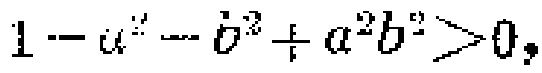
$1 - a^{2} - b^{2} + a^{2}b^{2} > 0,$